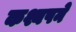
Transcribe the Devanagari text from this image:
कश्यपने